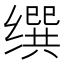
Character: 𦈝